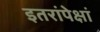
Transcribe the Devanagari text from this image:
इतरांपेक्षां